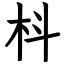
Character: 枓